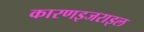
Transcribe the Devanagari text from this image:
कारणइजराइल